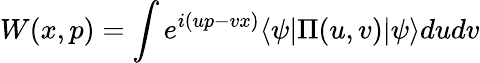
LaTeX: W(x,p)=\int e^{i(up-vx)}\langle\psi|\Pi(u,v)|\psi\rangle dudv